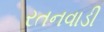
રતનવાડી